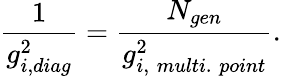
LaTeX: \frac{1}{g_{i,diag}^{2}}=\frac{N_{gen}}{g_{i,\; multi.\; point}^{2}}.